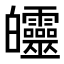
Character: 𤿅